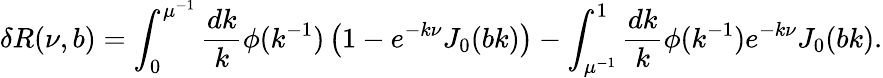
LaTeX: \delta R(\nu,b)=\int_{0}^{\mu^{-1}}\frac{dk}{k}\phi(k^{-1})\left(1-e^{-k\nu}J_{0}(bk)\right)-\int_{\mu^{-1}}^{1}\frac{dk}{k}\phi(k^{-1})e^{-k\nu}J_{0}(bk).